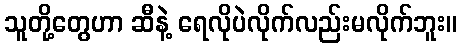
သူတို့တွေဟာ ဆီနဲ့ ရေလိုပဲလိုက်လည်းမလိုက်ဘူး။